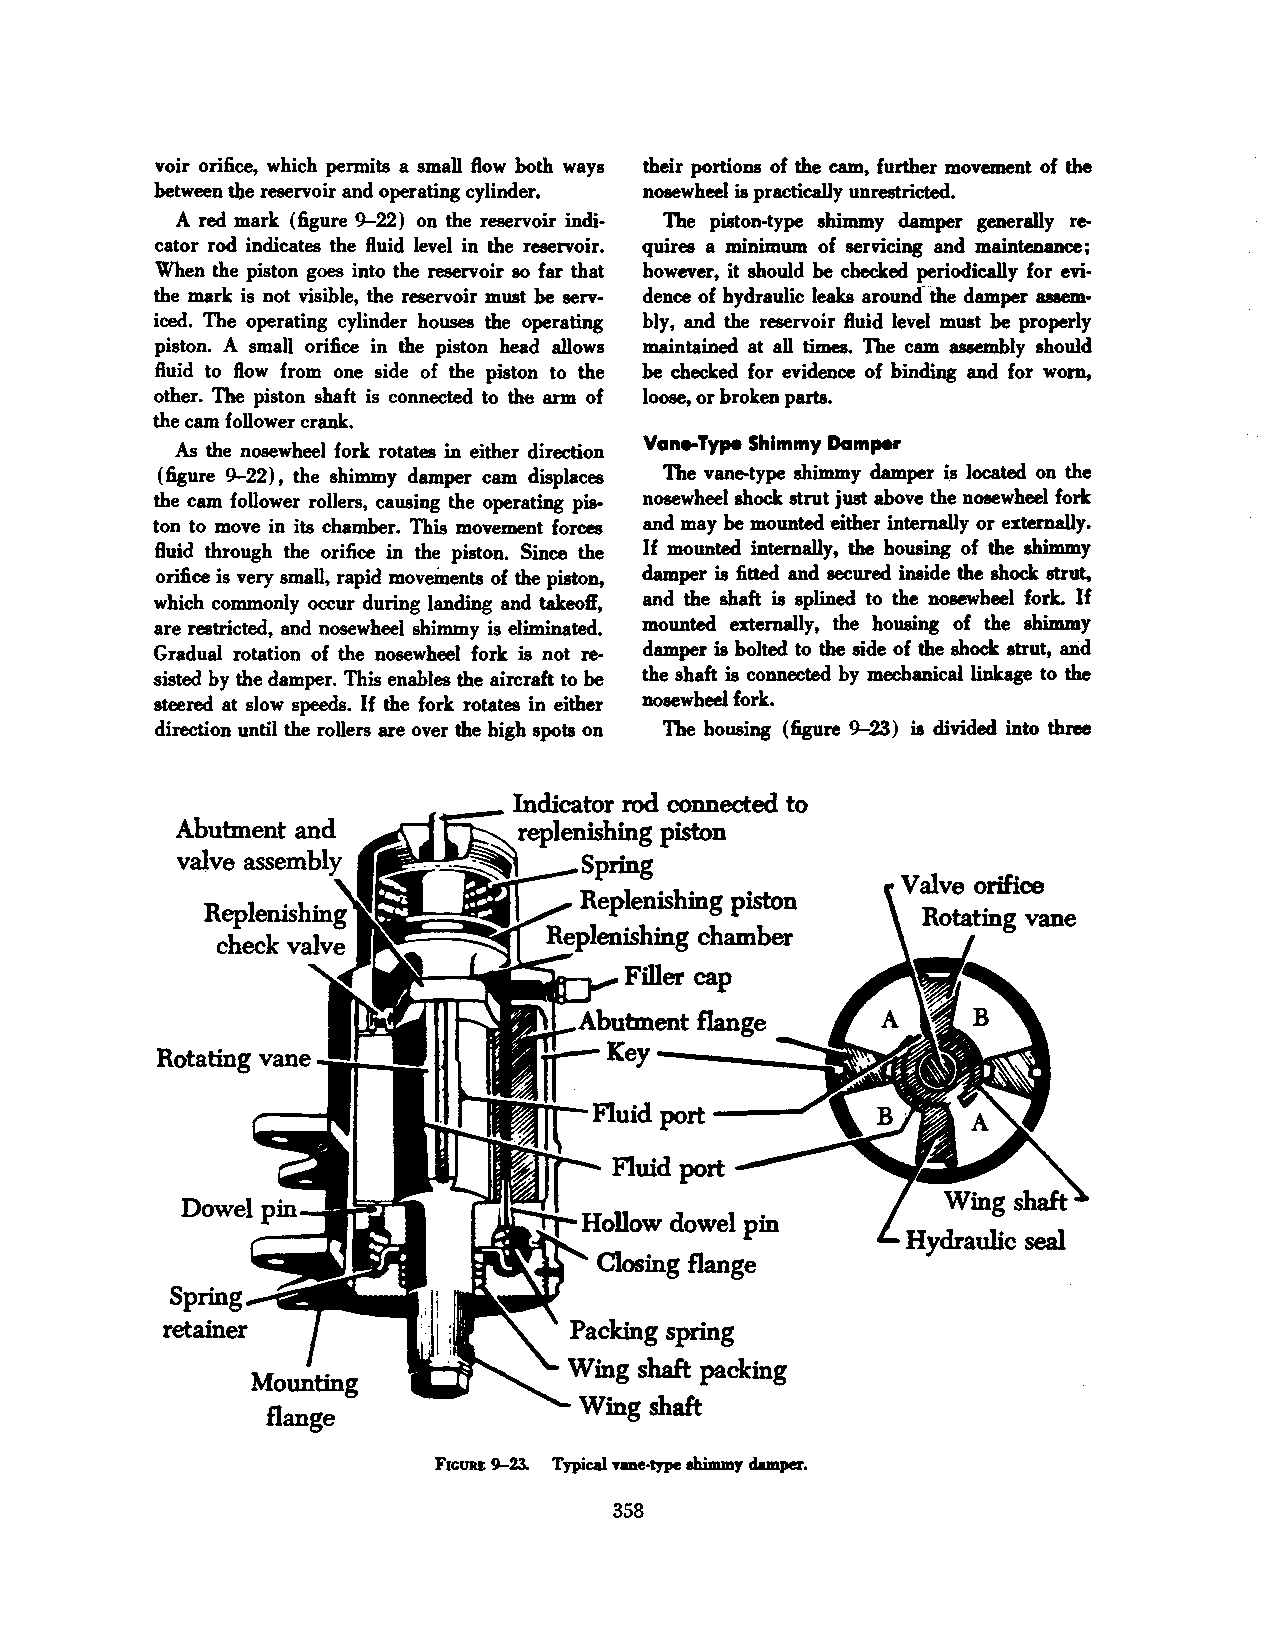
voir orifice, which permits a small flow both ways their portions of the cam, further movement of the
 between the reservoir and operating cylinder. nosewheel is practically unrestricted.
 A red mark (figure 9-22) on the reservoir indi The piston-type shimmy damper generally re
 cator rod indicates the fluid level in the reservoir. quires a minimum of servicing and maintenance;
 When the piston goes into the reservoir so far that however, it should be checked periodically for evi
 the mark is not visible, the reservoir must be serv dence of hydraulic leaks around-the damper assem·
 iced. The operating cylinder houses the operating bly, and the reservoir fluid level must be properly
 piston. A small orifice in the piston head allows maintained at all times. The cam assembly should
 fluid to flow from one side of the piston to the be checked for evidence of binding and for worn,
 other. The piston shaft is connected to the arm of loose, or broken parts.
 the cam follower crank.
 Vane-Type Shimmy Damper
 As the nosewheel fork rotates in either direction
 (figure 9-22), the shimmy damper cam displaces The vane-type shimmy damper is located on the
 the cam follower rollers, causing the operating pis· nosewheel shock strut just above the nosewheel fork
 ton to move in its chamber. This movement forces and may be mounted either internally or externally.
 fluid through the orifice in the piston. Since the If mounted internally, the housing of the shimmy
 orifice is very small, rapid movements of the piston, damper is fitted and secured inside the shock strut,
 which commonly occur during landing and takeoff, and the shaft is splined to the nosewheel fork. If
 are restricted, and nosewheel shimmy is eliminated. mounted externally, the housing of the shimmy
 Gradual rotation of the nosewheel fork is not re damper is bolted to the side of the shock strut, and
 sisted by the damper. This enables the aircraft to be the shaft is connected by mechanical linkage to the
 steered at slow speeds. If the fork rotates in either nosewheel fork.
 direction until the rollers are over the high spots on The housing (figure 9-23) is divided into three
 __   Indicator rod connected to
 replenishing piston
 ~~~         Spring
 Valve orifice
 Replenishing piston
 chamber
 U::;IJP.lll::;&.l&l)JI&.lU.~
 Filler cap
 \.ou:anent flange
 Rotating vane
 Wing shaft
 Hollow dowel pin
 Hydraulic seal
 Closing flange
 Spring
 retainer                   Packing spring
 Wing shaft packing
 Wing shaft
 FIGURE 9-23. Typical vme·type ahimmy dampel'.
 358